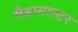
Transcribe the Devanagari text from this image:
मैडागास्टर